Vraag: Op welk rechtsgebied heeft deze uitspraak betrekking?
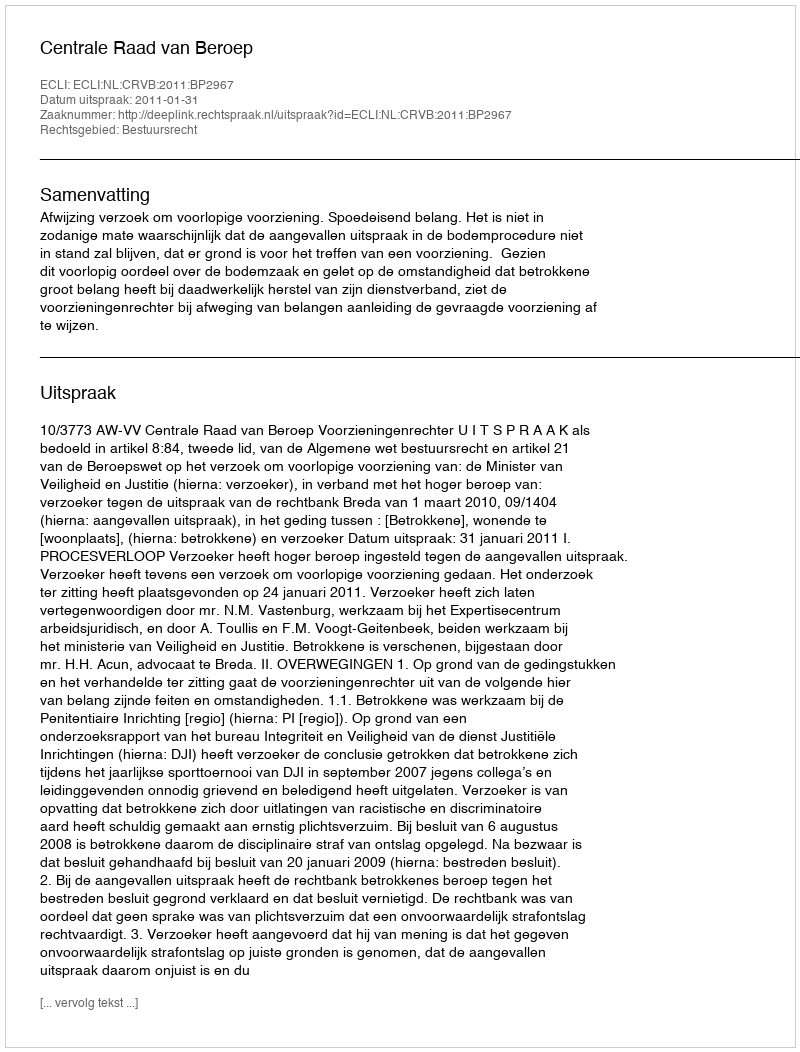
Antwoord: Bestuursrecht